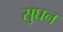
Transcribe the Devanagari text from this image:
सुघन